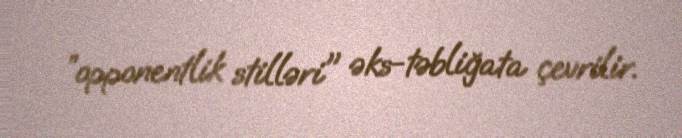
”opponentlik stilləri" əks-təbliğata çevrilir.